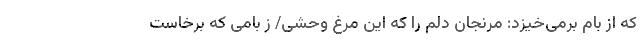
که از بام برمی‌خیزد: مرنجان دلم را که این مرغ وحشی/ ز بامی که برخاست